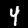
Digit: 4